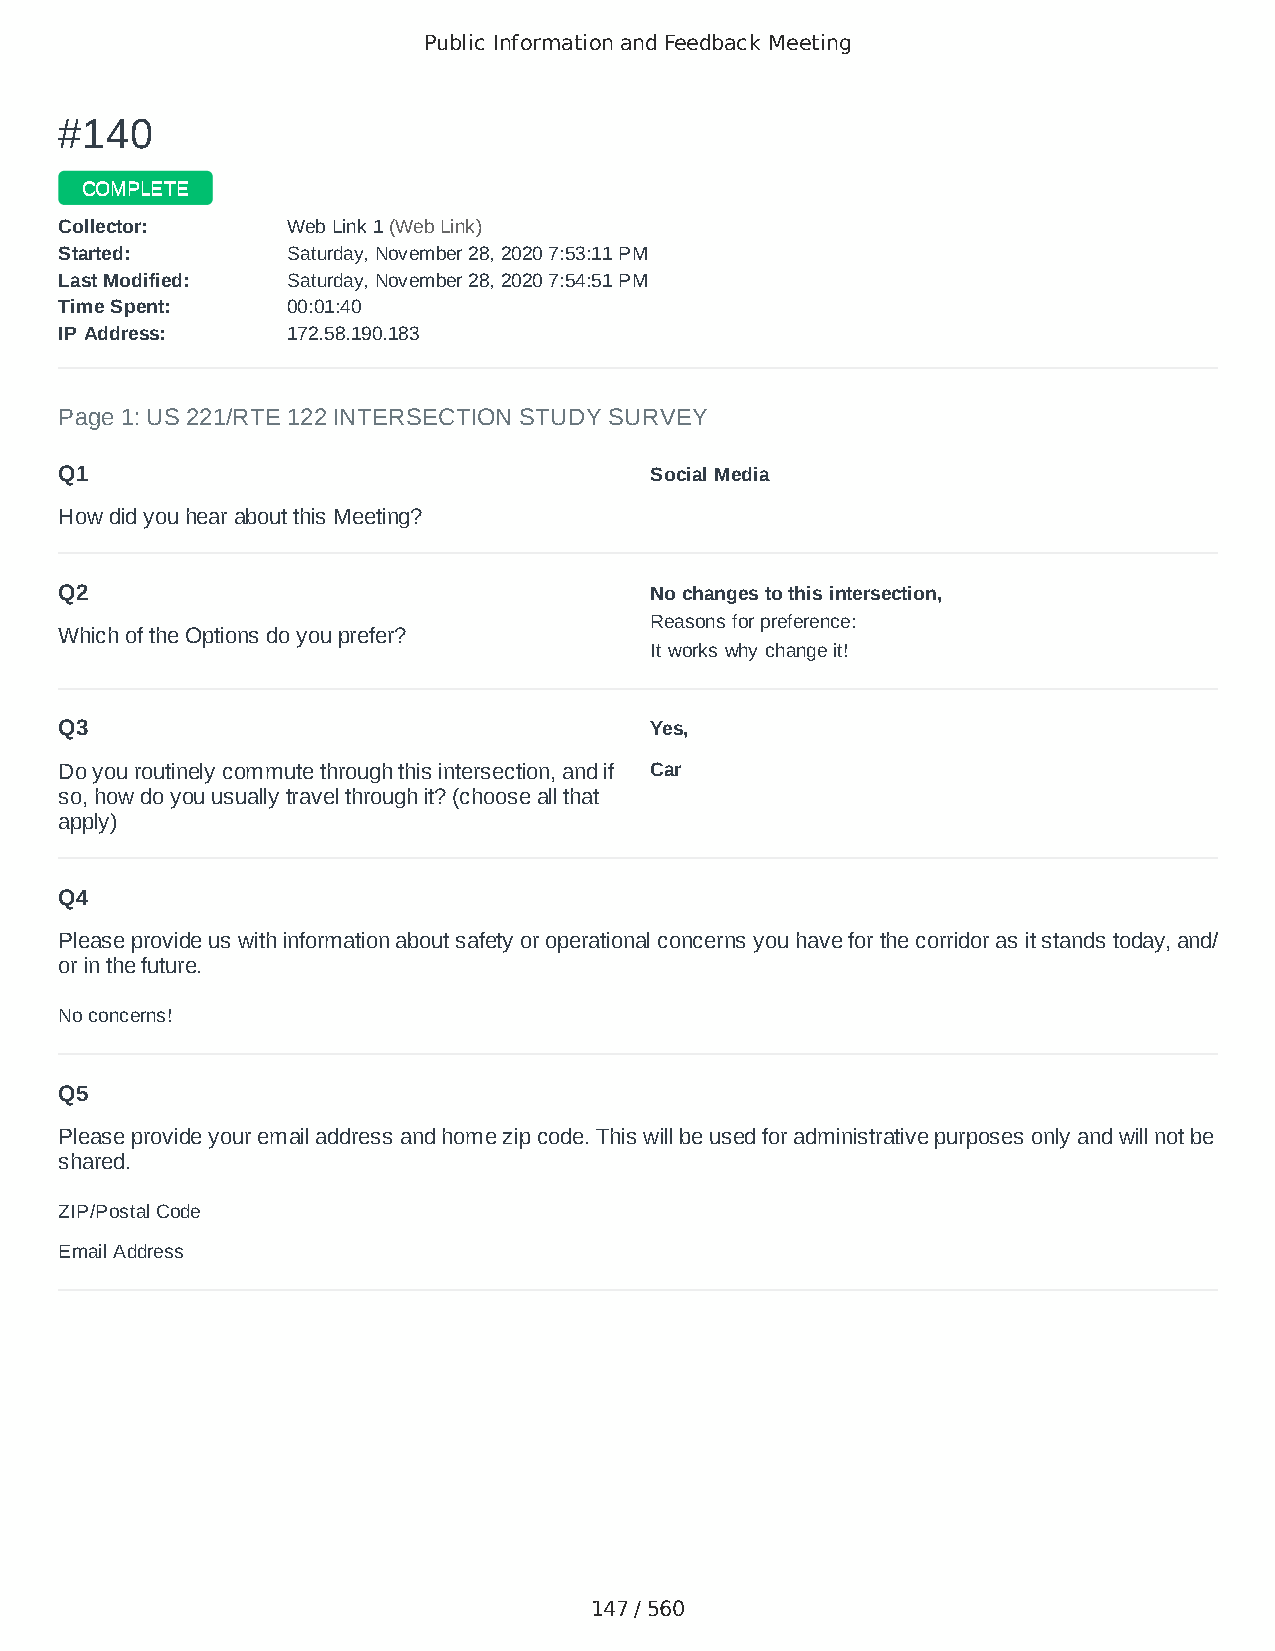
Public Information and Feedback Meeting
 ##114400
 CCOOMMPPLLEETTEE
 CCoolllleeccttoorr:: WWeebb LLiinnkk 11 ((WWeebb LLiinnkk))
 SSttaarrtteedd:: SSaattuurrddaayy,, NNoovveemmbbeerr 2288,, 22002200 77::5533::1111 PPMM
 LLaasstt MMooddiiffiieedd:: SSaattuurrddaayy,, NNoovveemmbbeerr 2288,, 22002200 77::5544::5511 PPMM
 TTiimmee SSppeenntt:: 0000::0011::4400
 IIPP AAddddrreessss:: 117722..5588..119900..118833
 Page 1: US 221/RTE 122 INTERSECTION STUDY SURVEY
 Q1                                     Social Media
 How did you hear about this Meeting?
 Q2                                     No changes to this intersection,
 Reasons for preference:
 Which of the Options do you prefer?
 It works why change it!
 Q3                                     Yes,
 Do you routinely commute through this intersection, and if Car
 so, how do you usually travel through it? (choose all that
 apply)
 Q4
 Please provide us with information about safety or operational concerns you have for the corridor as it stands today, and/
 or in the future.
 No concerns!
 Q5
 Please provide your email address and home zip code. This will be used for administrative purposes only and will not be
 shared.
 ZIP/Postal Code                        24523
 Email Address                          kmsmith955@aol.com
 147 / 560